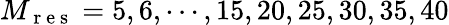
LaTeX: M_{\mathrm{~r~e~s~}}=5,6,\cdots,15,20,25,30,35,40